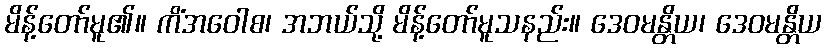
မိန့်တော်မူ၏။ ကိံအဝေါစ၊ အဘယ်သို့ မိန့်တော်မူသနည်း။ ဒေဝမန္တိယ၊ ဒေဝမန္တိယ